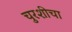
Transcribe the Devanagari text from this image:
चुरशीचा